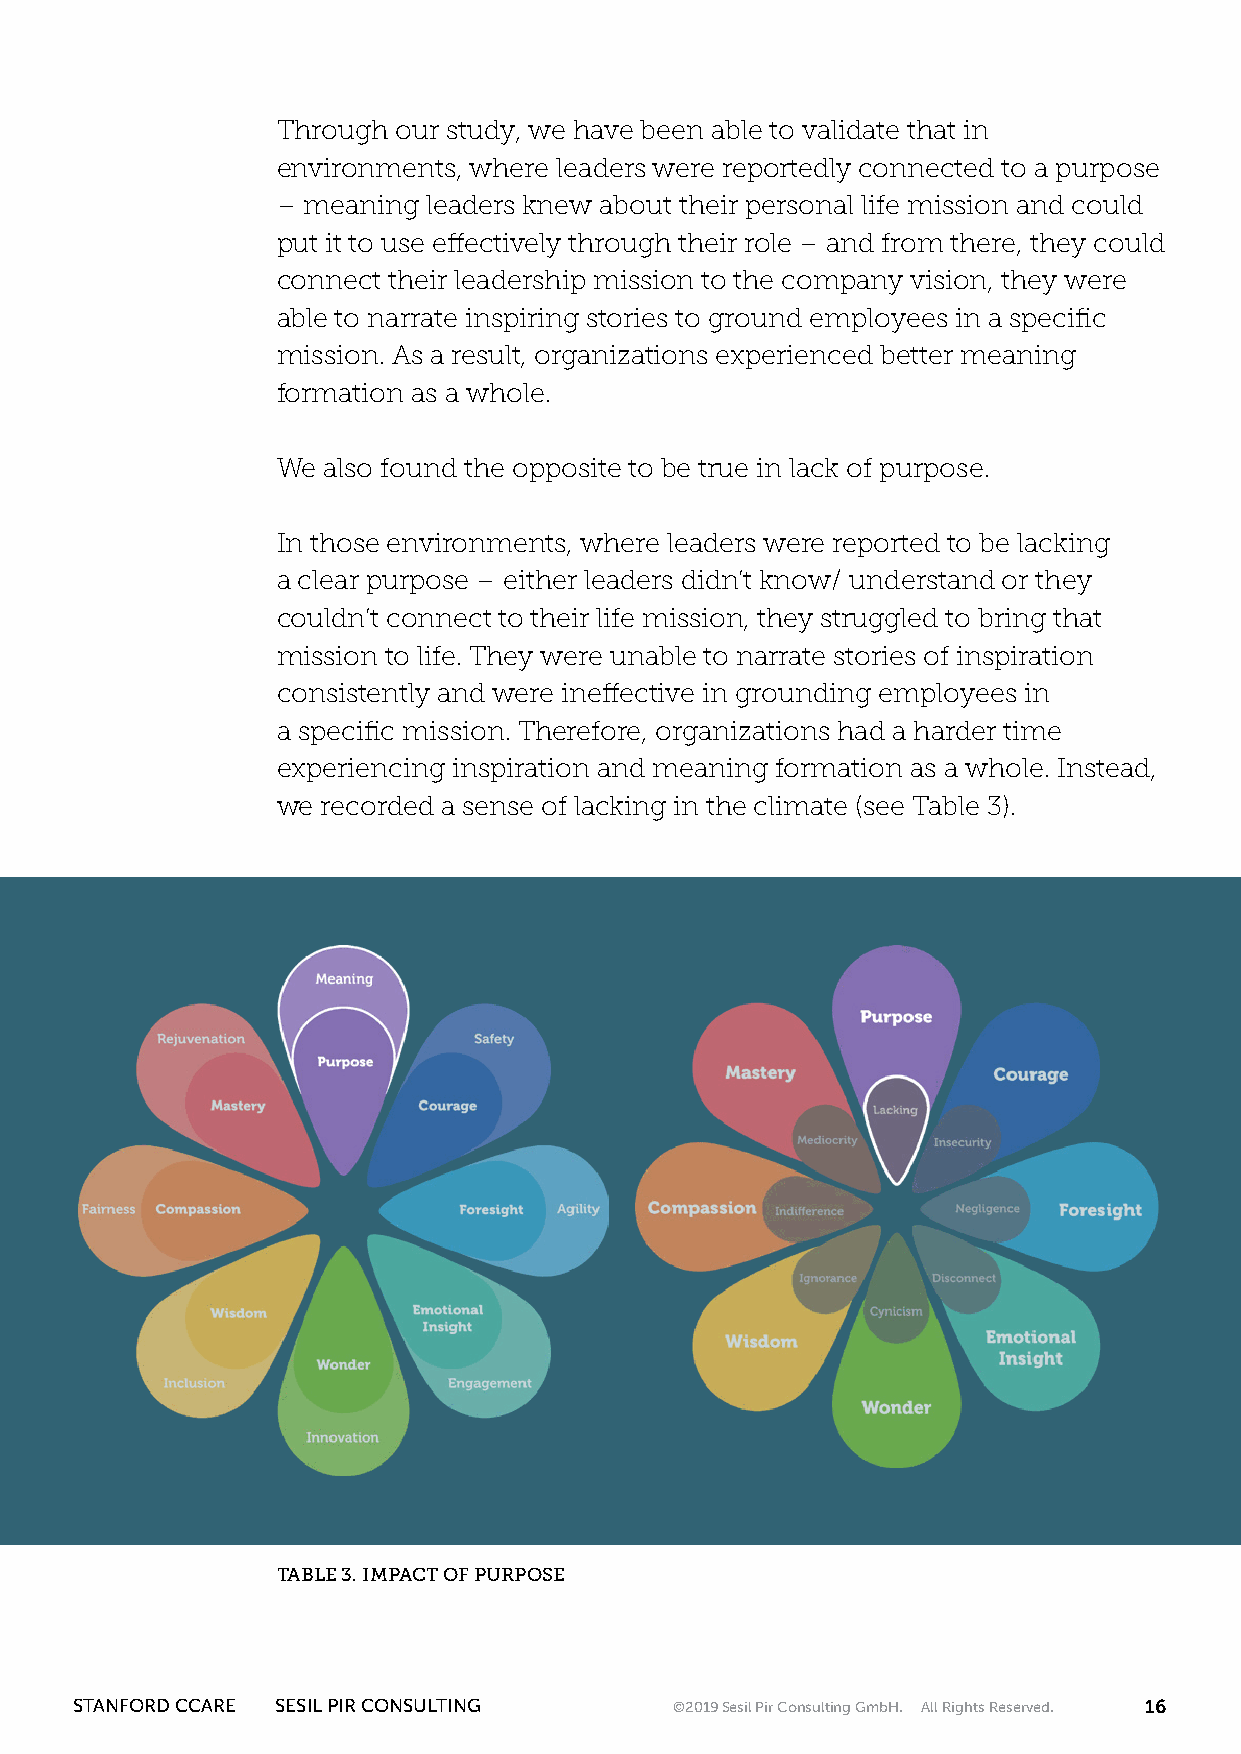
Through our study, we have been able to validate that in
 environments, where leaders were reportedly connected to a purpose
 – meaning leaders knew about their personal life mission and could
 put it to use effectively through their role – and from there, they could
 connect their leadership mission to the company vision, they were
 able to narrate inspiring stories to ground employees in a specific
 mission. As a result, organizations experienced better meaning
 formation as a whole.
 We also found the opposite to be true in lack of purpose.
 In those environments, where leaders were reported to be lacking
 a clear purpose – either leaders didn’t know/ understand or they
 couldn’t connect to their life mission, they struggled to bring that
 mission to life. They were unable to narrate stories of inspiration
 consistently and were ineffective in grounding employees in
 a specific mission. Therefore, organizations had a harder time
 experiencing inspiration and meaning formation as a whole. Instead,
 we recorded a sense of lacking in the climate (see Table 3).
 TABLE 3. IMPACT OF PURPOSE
 STANFORD CCARE SESIL PIR CONSULTING     ©2019 Sesil Pir Consulting GmbH. All Rights Reserved. 16